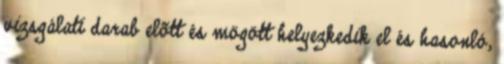
vizsgálati darab elõtt és mögött helyezkedik el és hasonló,